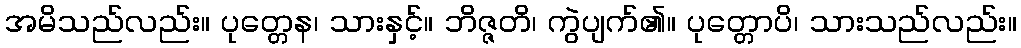
အမိသည်လည်း။ ပုတ္တေန၊ သားနှင့်။ ဘိဇ္ဇတိ၊ ကွဲပျက်၏။ ပုတ္တောပိ၊ သားသည်လည်း။